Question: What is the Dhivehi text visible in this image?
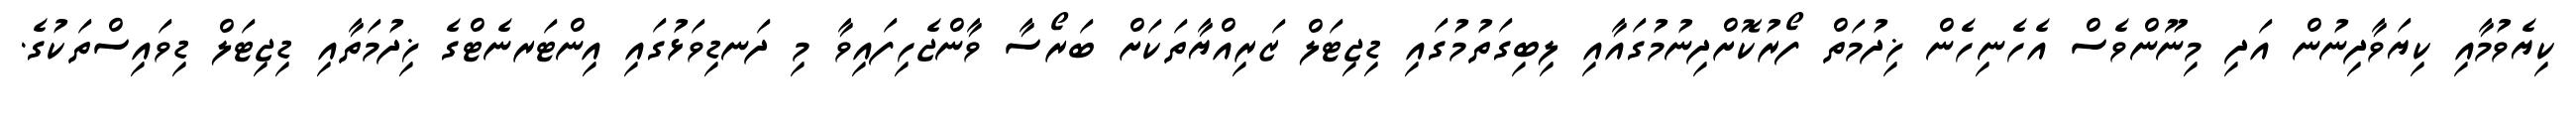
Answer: ކިޔެވުމާއި ކިޔަވާދިނުން އަދި މިނޫންވެސް އެހެނިހެން ޚިދުމަތް ފޯރުކޮށްދިނުމުގައާއި ލިބިގަތުމުގައި ޑިޖިޓަލް ޒަރިއްޔާތަކަށް ބަރޯސާ ވާންޖެހިފައިވާ މި ދަނޑިވަޅުގައި އިންޓަރނެޓްގެ ޚިދުމަތާއި ޑިޖިޓަލް ޑިވައިސްތަކުގެ.